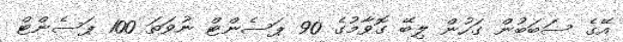
އޭގެ ސަބަބުން ގަހުން ލިބޭ ގޮވާމުގެ 90 ޕަސެންޓް ނުވަތަ 100 ޕަސެންޓް